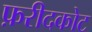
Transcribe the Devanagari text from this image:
फ़रीदकोट